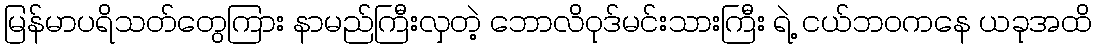
မြန်မာပရိသတ်တွေကြား နာမည်ကြီးလှတဲ့ ဘောလိဝုဒ်မင်းသားကြီး ရဲ့ ငယ်ဘဝကနေ ယခုအထိ